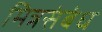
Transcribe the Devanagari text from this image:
मित्रसंबंध